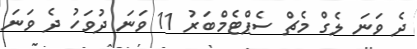
ދެ ވަނަ ލެގް މެޗް ސެޕްޓެމްބަރު 11 ވަނަ ދުވަހު ދެ ވަނަ